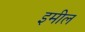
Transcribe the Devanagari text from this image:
इमील